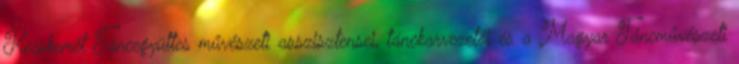
Kecskemét Táncegyüttes művészeti asszisztensei, tánckarvezetői és a Magyar Táncművészeti